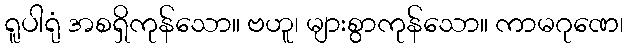
ရူပါရုံ အစရှိကုန်သော။ ဗဟူ၊ များစွာကုန်သော။ ကာမဂုဏေ၊